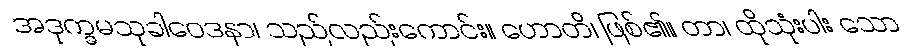
အဒုက္ခမသုခါဝေဒနာ၊ သည်လည်းကောင်း။ ဟောတိ၊ ဖြစ်၏။ တာ၊ ထိုသုံးပါး သော